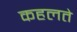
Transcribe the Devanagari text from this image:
कहलते